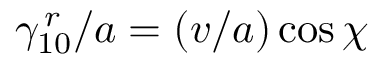
\gamma _ { 1 0 } ^ { \, r } / a = ( v / a ) \cos \chi